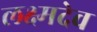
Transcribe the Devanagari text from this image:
लक्ष्मदेव